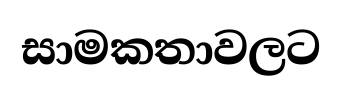
සාමකතාවලට